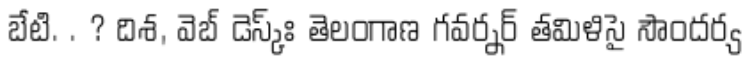
బేటి. . ? దిశ, వెబ్ డెస్క్ః తెలంగాణ గవర్నర్ తమిళిసై సౌందర్య